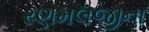
રણમલજીના